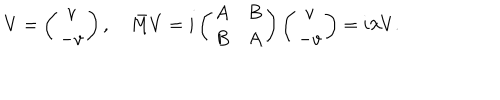
V = \left( \begin{matrix} { { v } } \\ { { - v } } \\ \end{matrix} \right) , \quad \bar { M } V = i \left( \begin{matrix} { { A } } & { { B } } \\ { { B } } & { { A } } \\ \end{matrix} \right) \left( \begin{matrix} { { v } } \\ { { - v } } \\ \end{matrix} \right) = i \lambda V .